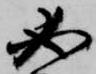
必